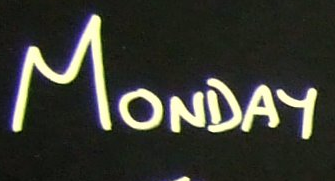
MONDAY